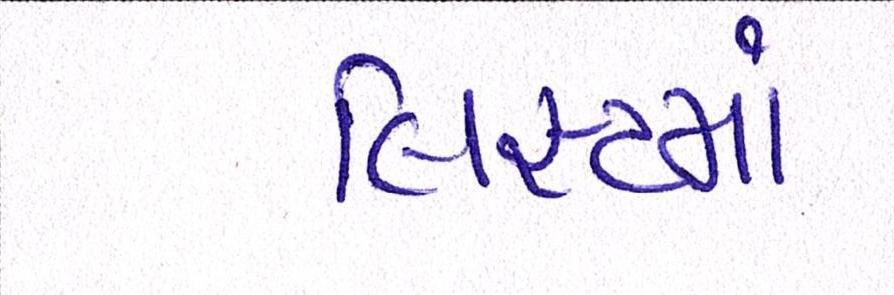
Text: લિસ્ટમાં